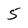
Character: 5